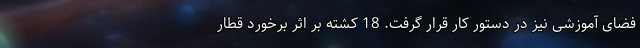
فضای آموزشی نیز در دستور کار قرار گرفت. 18 کشته بر اثر برخورد قطار